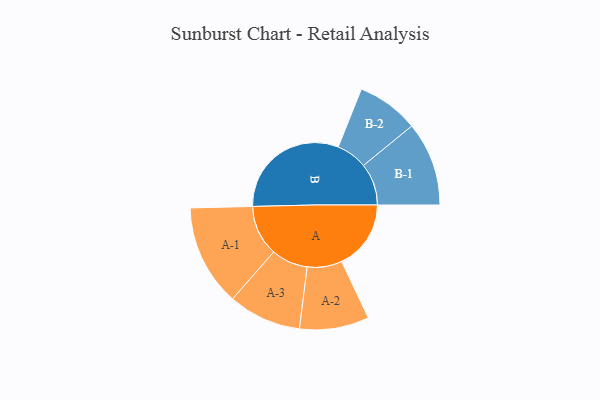
{"axis": {"x": "Segment", "y": "Value"}, "legend": ["", "A", "B"], "data": [{"x": "A", "y": 239, "type": ""}, {"x": "B", "y": 418, "type": ""}, {"x": "A-1", "y": 175, "type": "A"}, {"x": "A-2", "y": 120, "type": "A"}, {"x": "A-3", "y": 126, "type": "A"}, {"x": "B-1", "y": 145, "type": "B"}, {"x": "B-2", "y": 107, "type": "B"}]}